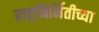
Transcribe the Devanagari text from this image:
राष्ट्रनिर्मितीच्या